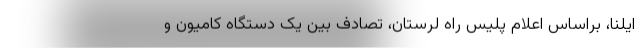
ایلنا، براساس اعلام پلیس راه لرستان، تصادف بین یک دستگاه کامیون و